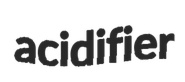
acidifier